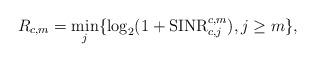
LaTeX: \begin{align*}R_{c,m}=\min\limits_{j}\{\log_2(1+{\rm SINR}_{c,j}^{c,m}),j\ge m\},\end{align*}